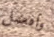
وافضل